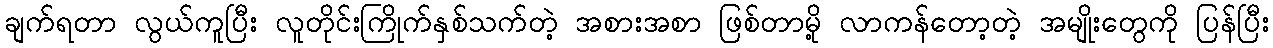
ချက်ရတာ လွယ်ကူပြီး လူတိုင်းကြိုက်နှစ်သက်တဲ့ အစားအစာ ဖြစ်တာမို့ လာကန်တော့တဲ့ အမျိုးတွေကို ပြန်ပြီး